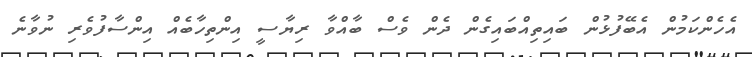
އެހެންކަމުން އެބޭފުޅުން ބައިތިއްބައިގެން ދެން ވެސް ބާއްވާ ރިޔާސީ އިންތިހާބެއް އިންސާފުވެރި ނުވާނެ